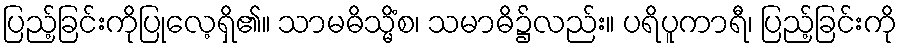
ပြည့်ခြင်းကိုပြုလေ့ရှိ၏။ သာမဓိသ္မိံစ၊ သမာဓိ၌လည်း။ ပရိပူကာရီ၊ ပြည့်ခြင်းကို